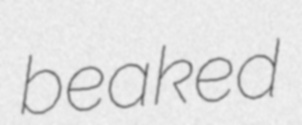
beaked